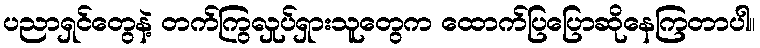
ပညာရှင်တွေနဲ့ တက်ကြွလှုပ်ရှားသူတွေက ထောက်ပြပြောဆိုနေကြတာပါ။